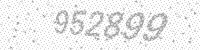
Solution: 952899